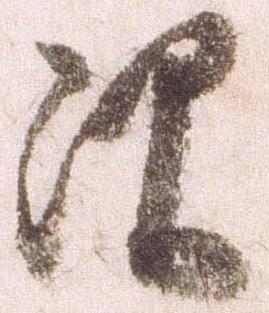
次